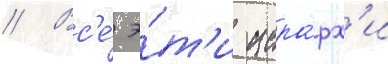
// Вс'е́ э́т'и иера́рх'и